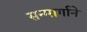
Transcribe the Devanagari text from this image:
सन्मार्गाने